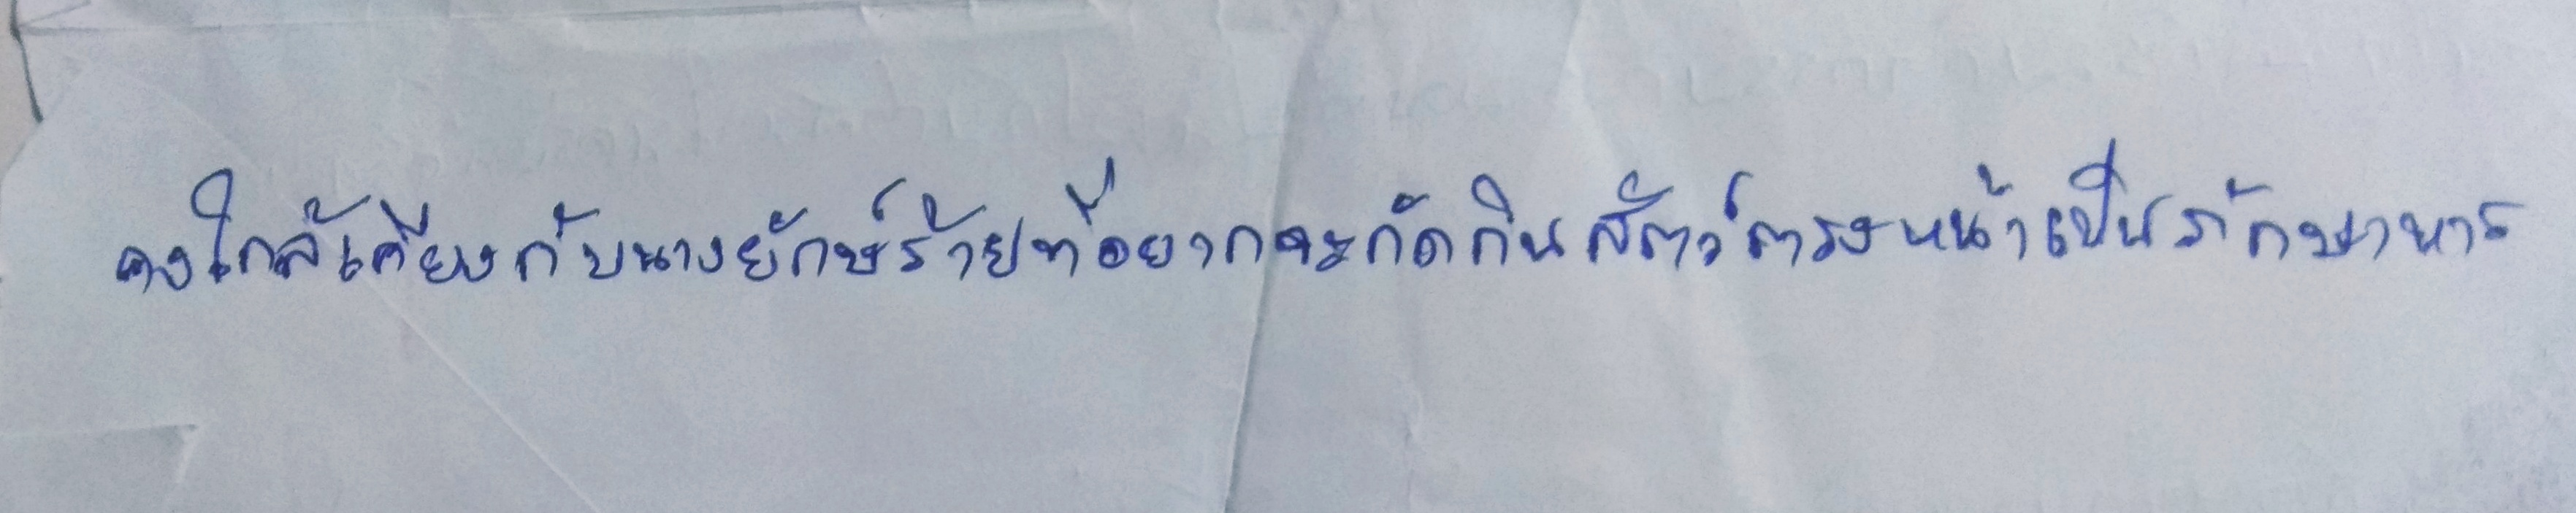
คงใกล้เคียงกับนางยักษ์ร้ายที่อยากจะกัดกินสัตว์ตรงหน้าเป็นภักษาหาร